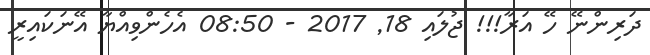
ދަރިންނޭ ހޭ އަރާ!!! ޖުލައި 18